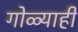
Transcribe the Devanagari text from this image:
गोळ्याही